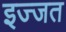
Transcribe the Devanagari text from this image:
इज्‍जत